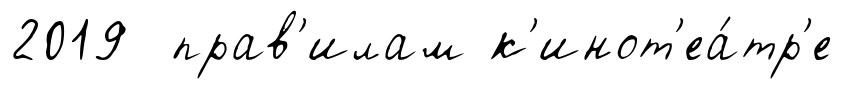
2019 прав'илам к'инот'еа́тр'е